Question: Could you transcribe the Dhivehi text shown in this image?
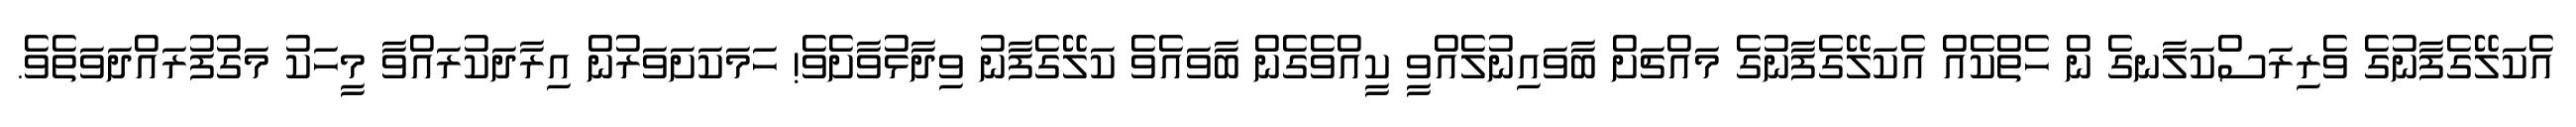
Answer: އެކަލޭގެފާނުގެ ވެރިރަސްކަލާނގެ ން ހެތްކެއް އެކަލޭގެފާނުގެ މައްޗަށް ބާވައިނުލެއްވީ ކީއްވެގެން ބާވައެވެ ކަލޭގެފާނު ވިދާޅުވާށެވެ! ހަމަކަށަވަރުން އިރާދަކުރައްވާ މީހަކު މަގުފުރައްދަވަތެވެ.